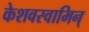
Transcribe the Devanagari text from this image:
केशवस्वामिन्